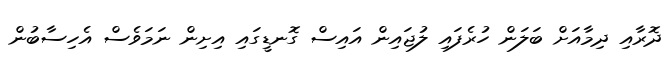
ދޮރާއި ދިމާއަށް ބަލަން ހުރެފައި ލުޖައިން އައިސް ގޮނޑީގައި އިށިން ނަމަވެސް އެހިސާބުން